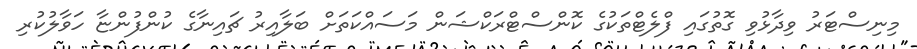
މިނިސްޓަރު ވިދާޅުވި ގޮތުގައި ފްލެޓްތަކުގެ ކޮންސްޓްރަކްޝަން މަސައްކަތަށް ބަލާއިރު ޗައިނާގެ ކުންފުންޏާ ހަވާލުކުރި